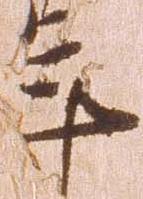
年